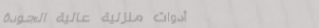
أدوات منزلية عالية الجودة